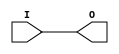
module IBUFG_LVCMOS12 (O, I);

    output O;

    input  I;

	buf B1 (O, I);


endmodule